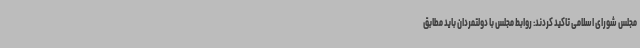
مجلس شورای اسلامی تاکید کردند: روابط مجلس با دولتمردان باید مطابق